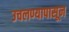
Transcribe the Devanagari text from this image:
उचलण्यापासून